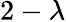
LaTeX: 2-\lambda